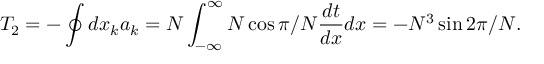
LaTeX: T _ { 2 } = - \oint d x _ { k } a _ { k } = N \int _ { - \infty } ^ { \infty } N \cos \pi / N \frac { d t } { d x } d x = - N ^ { 3 } \sin 2 \pi / N .